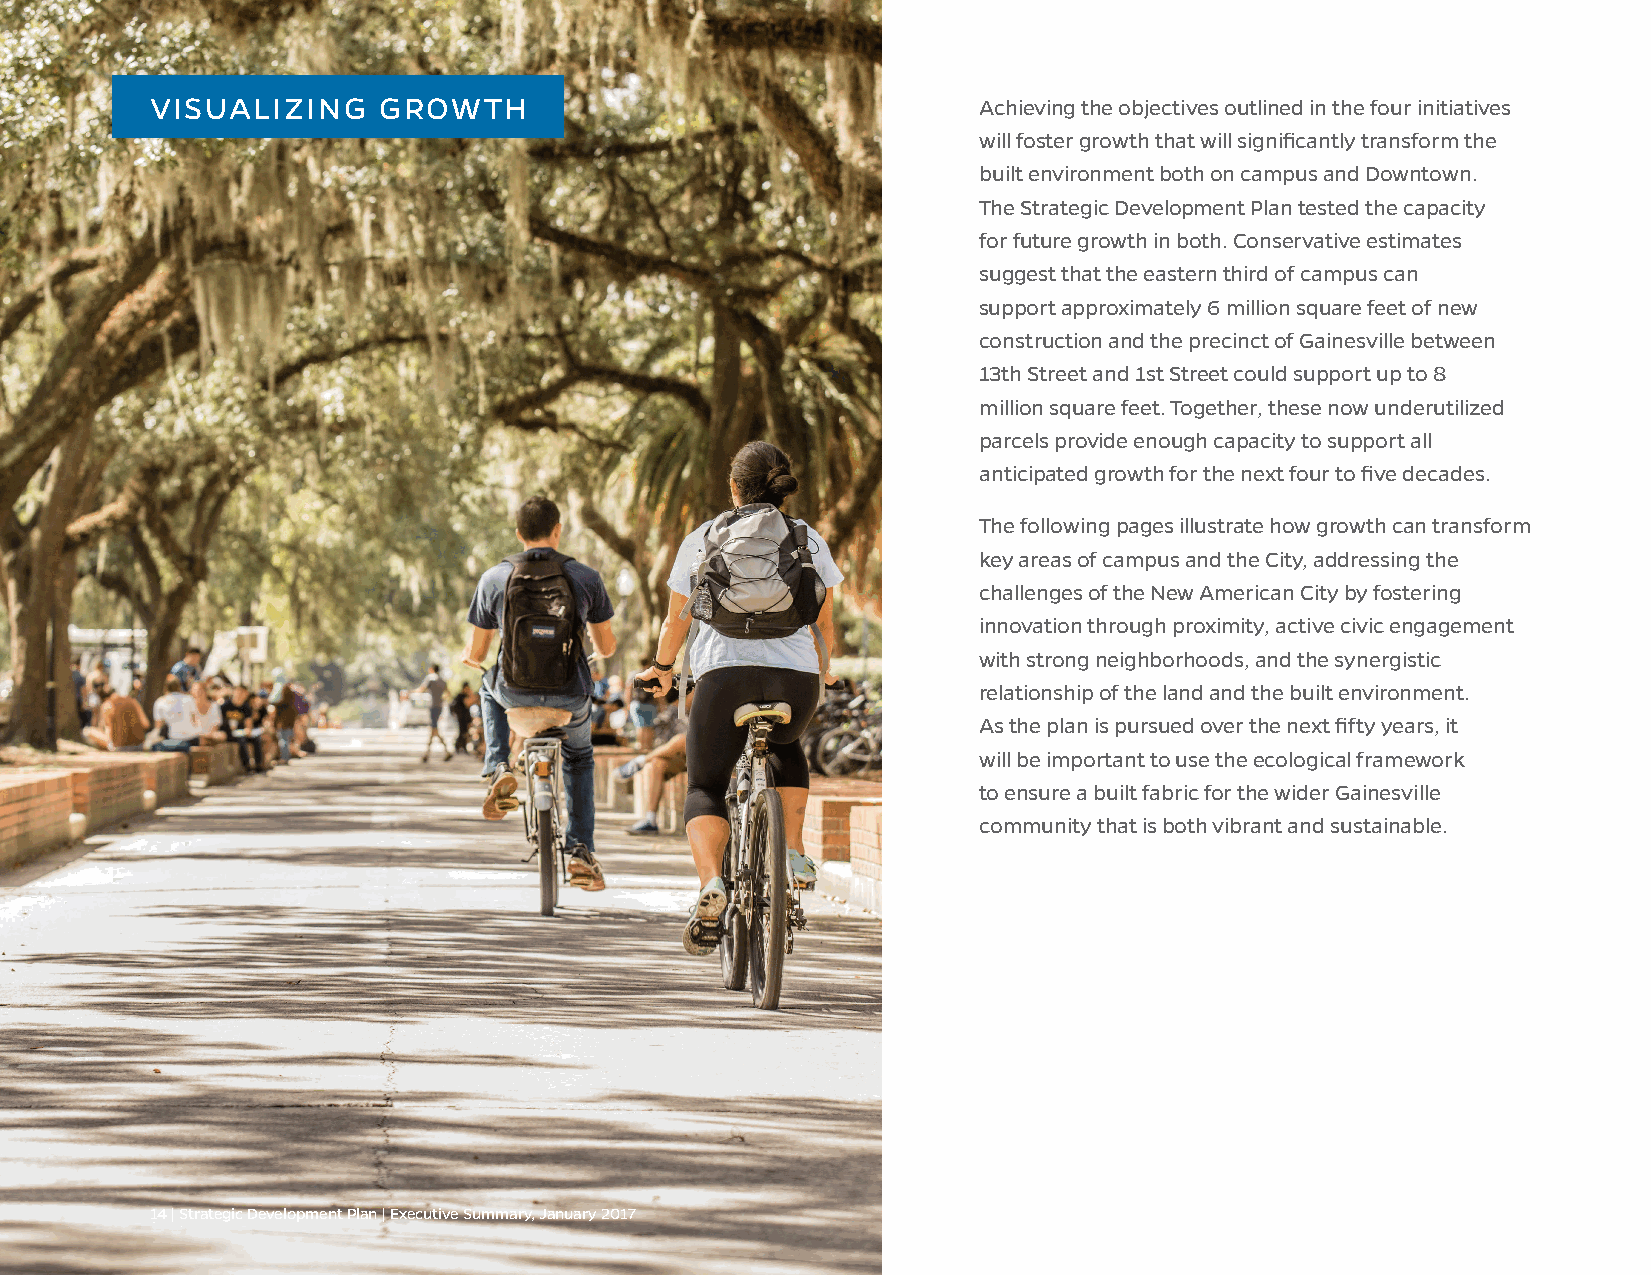
VISUALIZING    GROWTH                                  Achieving the objectives outlined in the four initiatives
 will foster growth that will significantly transform the
 built environment both on campus and Downtown.
 The Strategic Development Plan tested the capacity
 for future growth in both. Conservative estimates
 suggest that the eastern third of campus can
 support approximately 6 million square feet of new
 construction and the precinct of Gainesville between
 13th Street and 1st Street could support up to 8
 million square feet. Together, these now underutilized
 parcels provide enough capacity to support all
 anticipated growth for the next four to five decades.
 The following pages illustrate how growth can transform
 key areas of campus and the City, addressing the
 challenges of the New American City by fostering
 innovation through proximity, active civic engagement
 with strong neighborhoods, and the synergistic
 relationship of the land and the built environment.
 As the plan is pursued over the next fifty years, it
 will be important to use the ecological framework
 to ensure a built fabric for the wider Gainesville
 community that is both vibrant and sustainable.
 14 | Strategic Development Plan | Executive Summary, January 2017